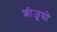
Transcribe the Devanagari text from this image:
शीजूयो